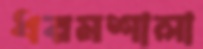
ধরমশালা